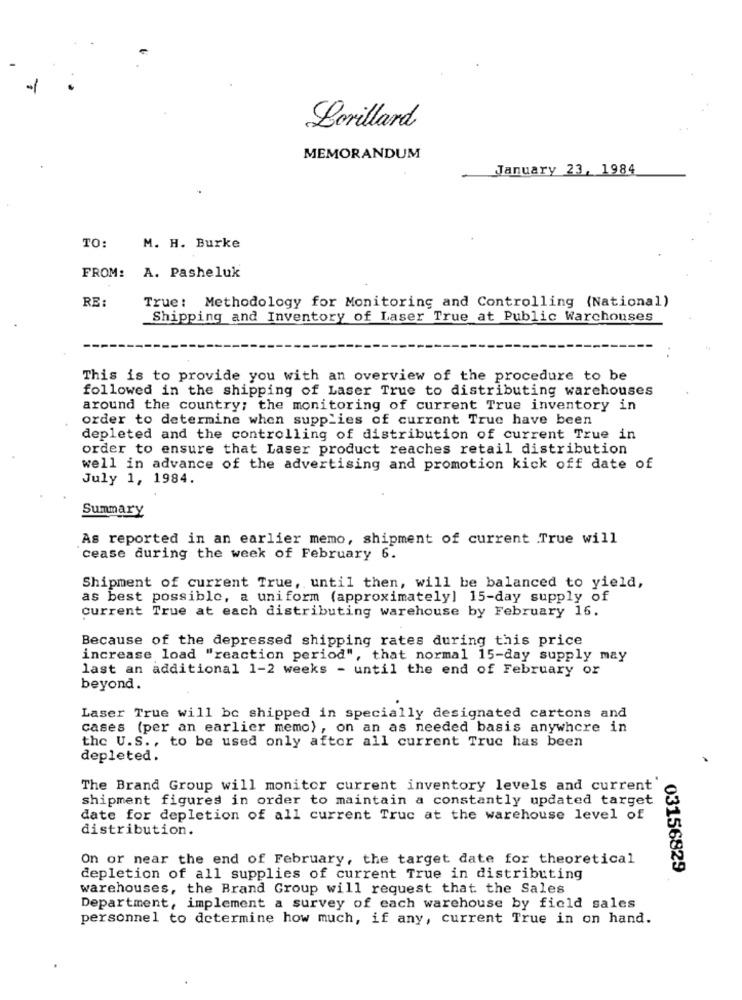
Lorillard
MEMORANDUM
January 23, 1984
TO:
M. H. Burke
FROM: A. Pasheluk
RE
True: Methodology for Monitoring and Controlling (National)
Shipping and Inventory of Laser True at Public Warchouses
This is to provide you with an overview of the procedure to be
followed in the shipping of Laser True to distributing warehouses
around the country; the monitoring of current True inventory in
order to determine when supplies of current True have been
depleted and the controlling of distribution of current True in
order to ensure that Laser product reaches retail distribution
well in advance of the advertising and promotion kick off date of
July 1, 1984.
Summary
As reported in an earlier memo, shipment of current True will
cease during the week of February 6.
Shipment of current True, until then, will be balanced to yield,
as best possible, a uniform (approximately] 15-day supply of
current True at each distributing warehouse by February 16.
Because of the depressed shipping rates during this price
increase load "reaction period", that normal 15-day supply may
last an additional 1-2 weeks - until the end of February or
beyond.
Laser True will be shipped in specially designated cartons and
cases (per an earlier memo), on an as needed basis anywhere in
the U.S ., to be used only after all current Truc has been
depleted.
The Brand Group will monitor current inventory levels and current'
shipment figures in order to maintain a constantly updated target
date for depletion of all current Truc at the warehouse level of
distribution.
On or near the end of February, the target date for theoretical
03156829
depletion of all supplies of current True in distributing
warehouses, the Brand Group will request that the Sales
Department, implement a survey of each warehouse by field sales
personnel to determine how much, if any, current True in on hand.